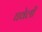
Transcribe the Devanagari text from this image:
घवेली